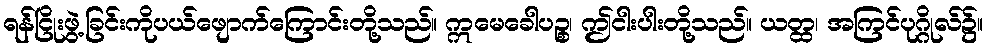
ရန်ငြိုးဖွဲ့ခြင်းကိုပယ်ဖျောက်ကြောင်းတို့သည်။ ဣမေခေါပဉ္စ၊ ဤငါးပါးတို့သည်။ ယတ္ထ၊ အကြင်ပုဂ္ဂိုလ်၌။